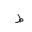
Letter: _da